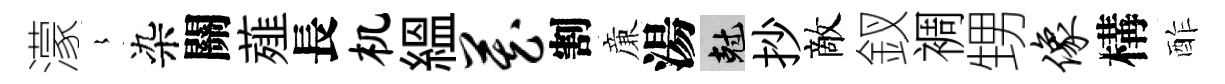
濛𡻕染關薤長机緼藏割亷湯剋抄敵釵裯甥像構酢